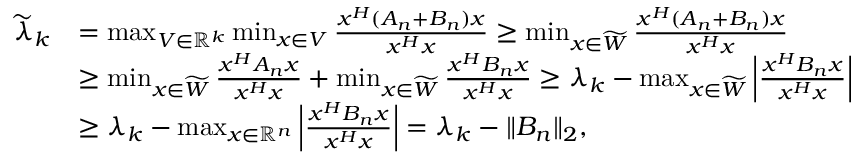
\begin{array} { r l } { \widetilde { \lambda } _ { k } } & { = \operatorname* { m a x } _ { V \in \mathbb { R } ^ { k } } \operatorname* { m i n } _ { x \in V } { \frac { x ^ { H } ( A _ { n } + B _ { n } ) x } { x ^ { H } x } } \geq \operatorname* { m i n } _ { x \in \widetilde { W } } { \frac { x ^ { H } ( A _ { n } + B _ { n } ) x } { x ^ { H } x } } } \\ & { \geq \operatorname* { m i n } _ { x \in \widetilde { W } } { \frac { x ^ { H } A _ { n } x } { x ^ { H } x } } + \operatorname* { m i n } _ { x \in \widetilde { W } } { \frac { x ^ { H } B _ { n } x } { x ^ { H } x } } \geq \lambda _ { k } - \operatorname* { m a x } _ { x \in \widetilde { W } } { \left| \frac { x ^ { H } B _ { n } x } { x ^ { H } x } \right| } } \\ & { \geq \lambda _ { k } - \operatorname* { m a x } _ { x \in \mathbb { R } ^ { n } } { \left| \frac { x ^ { H } B _ { n } x } { x ^ { H } x } \right| } = \lambda _ { k } - \Vert B _ { n } \Vert _ { 2 } , } \end{array}